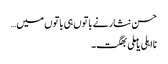
حسن نثار نے باتوں ہی باتوں میں…
نااہلی یا ملی بھگت۔